Insane asylums Bombay 1873-77 - 1873-1877
Year: 1873
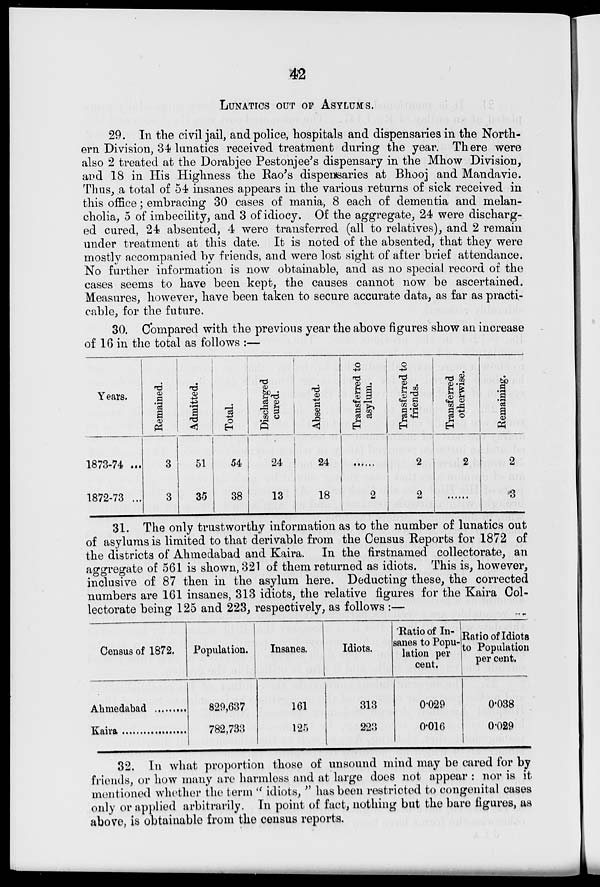
42
LUNATICS OUT OF ASYLUMS.
29. In the civil jail, and police, hospitals and dispensaries in the North-
ern Division, 34 lunatics received treatment during the year. There were
also 2 treated at the Dorabjee Pestonjee's dispensary in the Mhow Division,
and 18 in His Highness the Rao's dispensaries at Bhooj and Mandavie.
Thus, a total of 54 insanes appears in the various returns of sick received in
this office; embracing 30 cases of mania, 8 each of dementia and melan-
cholia, 5 of imbecility, and 3 of idiocy. Of the aggregate, 24 were discharg-
ed cured, 24 absented, 4 were transferred (all to relatives), and 2 remain
under treatment at this date. It is noted of the absented, that they were
mostly accompanied by friends, and were lost sight of after brief attendance.
No further information is now obtainable, and as no special record of the
cases seems to have been kept, the causes cannot now be ascertained.
Measures, however, have been taken to secure accurate data, as far as practi-
cable, for the future.
30. Compared with the previous year the above figures show an increase
of 16 in the total as follows :—
Years.
1873-74 ...
1872-73 ...
Remained.
3
3
Admitted.
51
35
Total.
54
38
Discharged
cured.
24
13
Absented.
24
18
Transferred to
asylum.
......
2
Transferred to
friends.
2
2
Transferred
otherwise.
2
......
Remaining.
2
3
31. The only trustworthy information as to the number of lunatics out
of asylums is limited to that derivable from the Census Reports for 1872 of
the districts of Ahmedabad and Kaira. In the firstnamed collectorate, an
aggregate of 561 is shown, 321 of them returned as idiots. This is, however,
inclusive of 87 then in the asylum here. Deducting these, the corrected
numbers are 161 insanes, 313 idiots, the relative figures for the Kaira Col-
lectorate being 125 and 223, respectively, as follows :—
Census of 1872.
Ahmedabad .........
Kaira ..................
Population.
829,637
782,733
Insanes.
161
125
Idiots.
313
223
Ratio of In-
sanes to Popu-
lation per
cent.
0.029
0.016
Ratio of Idiots
to Population
per cent.
0.038
0.029
32. In what proportion those of unsound mind may be cared for by
friends, or how many are harmless and at large does not appear : nor is it
mentioned whether the term "idiots," has been restricted to congenital cases
only or applied arbitrarily. In point of fact, nothing but the bare figures, as
above, is obtainable from the census reports.